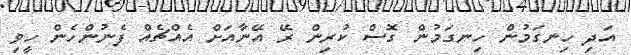
އަދި ހިނގަމުން ހިނގަމުން ގޮސް ކުރިން ރޭ އޭނާއަށް އެއްޗެއް ފެނުންހެން ހީވި